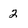
Character: 2